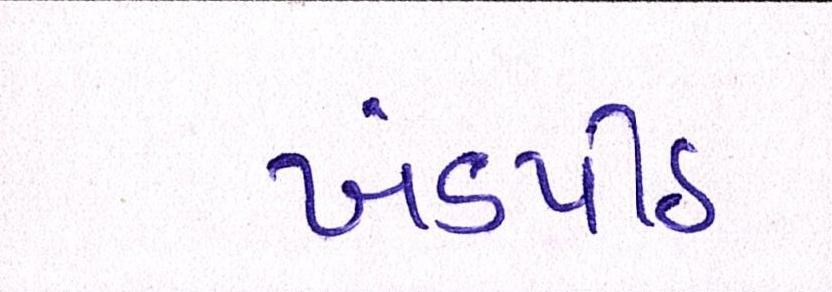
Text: ખંડપીઠ